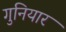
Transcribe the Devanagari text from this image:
गुनियार